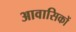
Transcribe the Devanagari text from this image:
आवासिकों